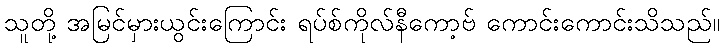
သူတို့ အမြင်မှားယွင်းကြောင်း ရပ်စ်ကိုလ်နီကော့ဗ် ကောင်းကောင်းသိသည်။